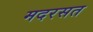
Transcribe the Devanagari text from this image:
मदरसत